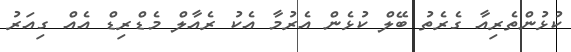
ކުޅުންތެރިއާ ގެރެތު ބޭލް ކުޅެން އެރުމާ އެކު ރެއާލް މެޑްރިޑް އެއް ގިއަރު